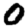
Digit: 0